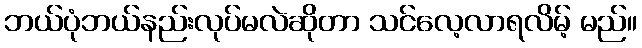
ဘယ်ပုံဘယ်နည်းလုပ်မလဲဆိုတာ သင်လေ့လာရလိမ့် မည်။